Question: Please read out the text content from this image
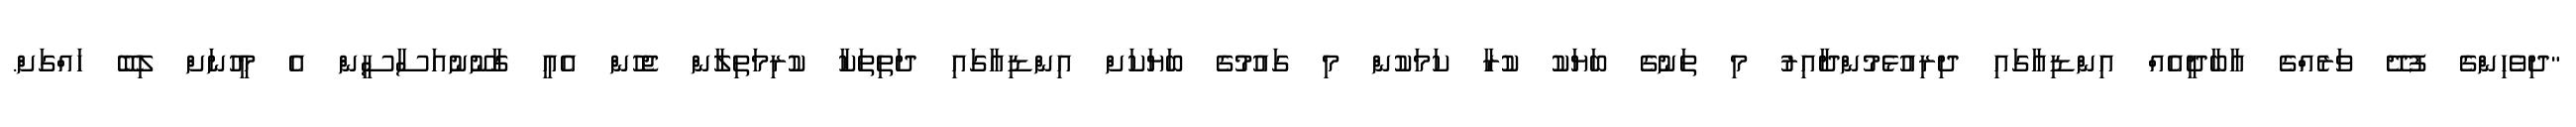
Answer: "ދިވެހިންގެ ފުދޭ ވަރެއްގެ އާބާދީއެއް އިންޑިއާގައި ދިރިއުޅެމުންދާއިރު މި ތަނުގެ ބަޔަކު ކުރާ ކަމަކުން މި ގައުމުގެ ބަޔަކަށް އިންޑިއާގައި ދަތިތަކާ ކުރިމަތިލާން ޖެހުން އެއީ ގާނޫނުއަސާސީން އެ މީހުނަށް ލިބޭ ހައްގަށް.